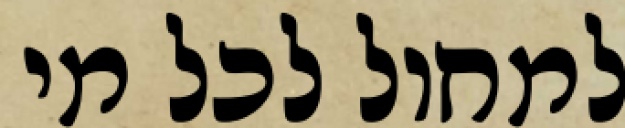
למחול לכל מי